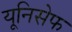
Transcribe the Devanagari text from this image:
यूनिसेेफ